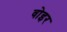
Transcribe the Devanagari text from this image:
वोइर